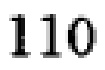
110